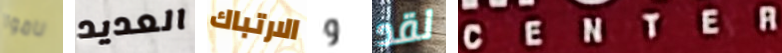
ناموا العديد الارتباك و لقد CENTER